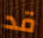
قد